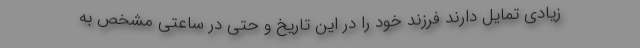
زیادی تمایل دارند فرزند خود را در این تاریخ و حتی در ساعتی مشخص به